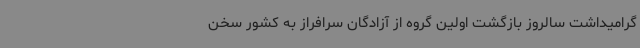
گرامیداشت سالروز بازگشت اولین گروه از آزادگان سرافراز به کشور سخن